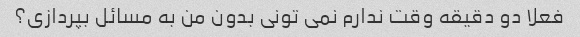
فعلا دو دقیقه وقت ندارم نمی تونی بدون من به مسائل بپردازی؟